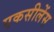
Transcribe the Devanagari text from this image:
एकसीलेंस